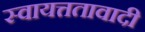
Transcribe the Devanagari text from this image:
स्वायत्ततावादी